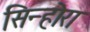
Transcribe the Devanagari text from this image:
सिन्होरा